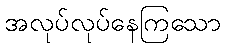
အလုပ်လုပ်နေကြသော